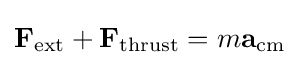
\mathbf {F} _{\mathrm {ext} }+\mathbf {F} _{\mathrm {thrust} }=m\mathbf {a} _{\mathrm {cm} }